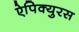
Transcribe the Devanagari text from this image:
ऐपिक्युरस